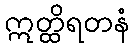
ဣတ္ထိရတနံ